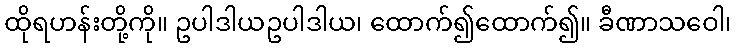
ထိုရဟန်းတို့ကို။ ဥပါဒါယဥပါဒါယ၊ ထောက်၍ထောက်၍။ ခီဏာသဝေါ၊